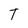
Character: T